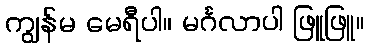
ကျွန်မ မေရီပါ။ မင်္ဂလာပါ ဖြူဖြူ။